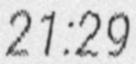
21:29